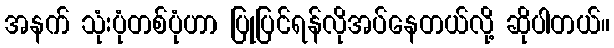
အနက် သုံးပုံတစ်ပုံဟာ ပြုပြင်ရန်လိုအပ်နေတယ်လို့ ဆိုပါတယ်။